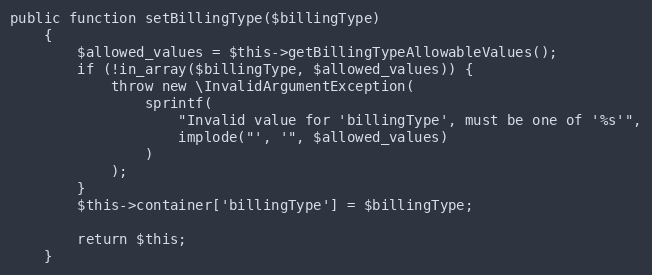
Language: PHP
public function setBillingType($billingType)
    {
        $allowed_values = $this->getBillingTypeAllowableValues();
        if (!in_array($billingType, $allowed_values)) {
            throw new \InvalidArgumentException(
                sprintf(
                    "Invalid value for 'billingType', must be one of '%s'",
                    implode("', '", $allowed_values)
                )
            );
        }
        $this->container['billingType'] = $billingType;

        return $this;
    }